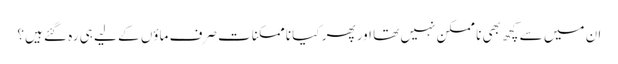
ان میں سے کچھ بھی نا ممکن نہیں تھا اور پھر کیا نا ممکنات صرف ماؤں کے لیے ہی رہ گئے ہیں؟